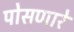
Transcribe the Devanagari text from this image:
पोसणारे